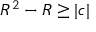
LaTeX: R ^ { 2 } - R \geq | c |